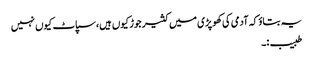
یہ بتاوٴ کہ آدمی کی کھوپڑی میں کثیر جوڑ کیوں ہیں،سپاٹ کیوں نہیں
طبیب:۔